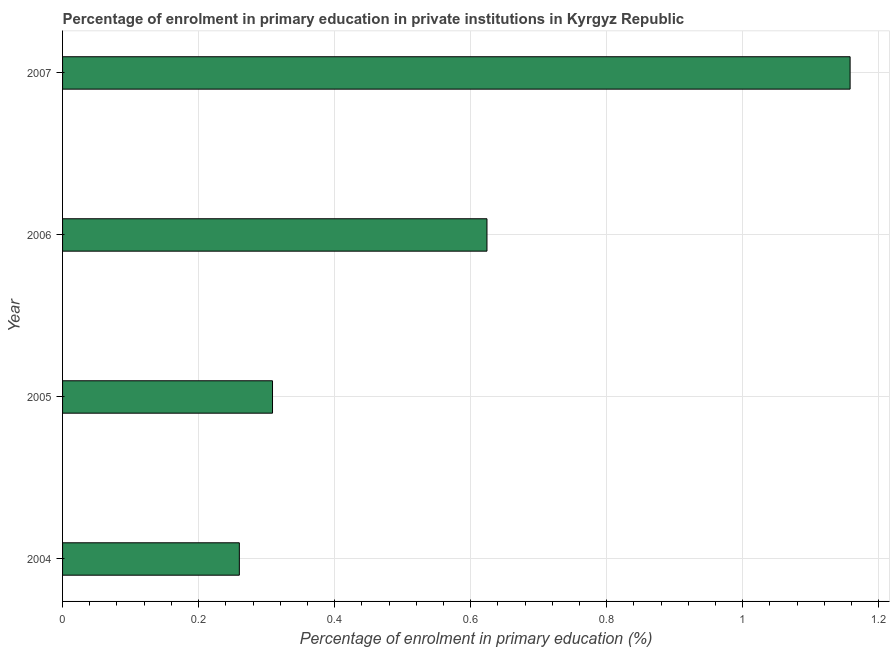
| Year | Enrolment  |
 | --- | --- |
 | 2004 | 0.26 |
 | 2005 | 0.309 |
 | 2006 | 0.624 |
 | 2007 | 1.16 |